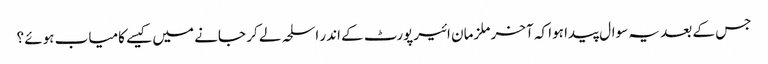
جس کے بعد یہ سوال پیدا ہوا کہ آخر ملزمان ائیرپورٹ کے اندر اسلحہ لے کر جانے میں کیسے کامیاب ہوئے ؟